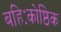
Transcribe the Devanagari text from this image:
बहिःकोष्ठिक